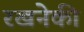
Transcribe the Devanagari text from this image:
रखनेकी